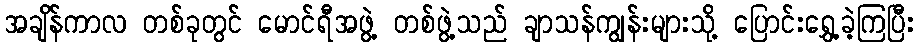
အချိန်ကာလ တစ်ခုတွင် မောင်ရီအဖွဲ့ တစ်ဖွဲ့သည် ချာသန်ကျွန်းများသို့ ပြောင်းရွှေ့ခဲ့ကြပြီး